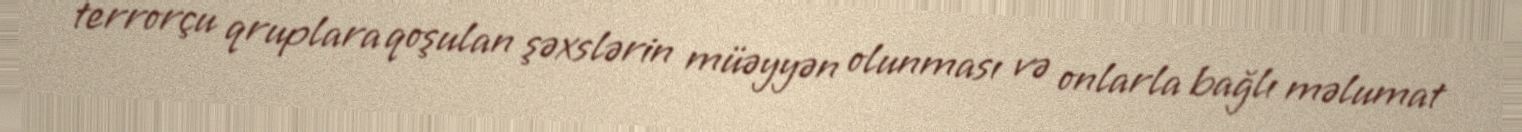
terrorçu qruplara qoşulan şəxslərin müəyyən olunması və onlarla bağlı məlumat